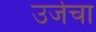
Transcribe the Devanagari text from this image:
उर्जेचा